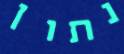
נתון